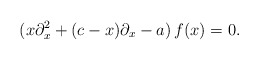
\begin{align*}(x\partial_x^2+(c-x)\partial_x-a)\,f(x)=0.\end{align*}